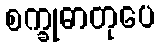
စက္ခုဓာတုပေ